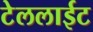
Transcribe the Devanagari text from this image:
टेललाईट